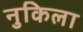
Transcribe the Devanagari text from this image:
नुकिला